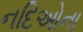
નદિઓના